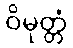
ဝိမုတ္တံ